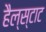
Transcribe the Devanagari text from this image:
हैल्स्टाट